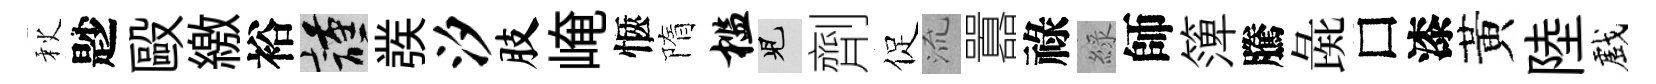
秋尟毆繳裕謹彂汐肢崦愜隋槛兒劑促𣴑囂祿綠師𥱼騰彘□漆黃陸戲